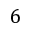
6